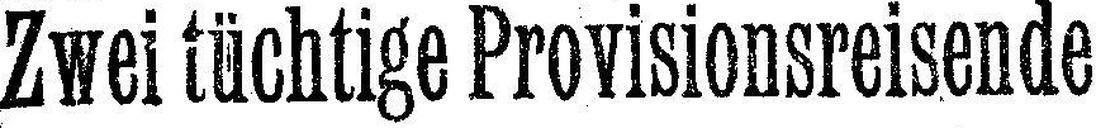
Zweitüchtige Provisionsreisende